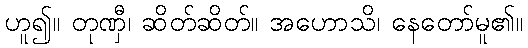
ဟူ၍။ တုဏှီ၊ ဆိတ်ဆိတ်။ အဟောသိ၊ နေတော်မူ၏။